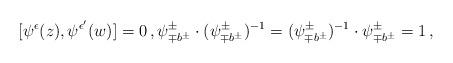
LaTeX: \begin{align*} [\psi^\epsilon(z),\psi^{\epsilon'}(w)]=0 \,, \psi^\pm_{\mp b^\pm}\cdot (\psi^\pm_{\mp b^\pm})^{-1}= (\psi^\pm_{\mp b^\pm})^{-1}\cdot \psi^\pm_{\mp b^\pm}=1 \,,\end{align*}